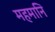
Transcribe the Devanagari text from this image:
महमानि